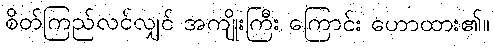
စိတ်ကြည်လင်လျှင် အကျိုးကြီး ကြောင်း ဟောထား၏။